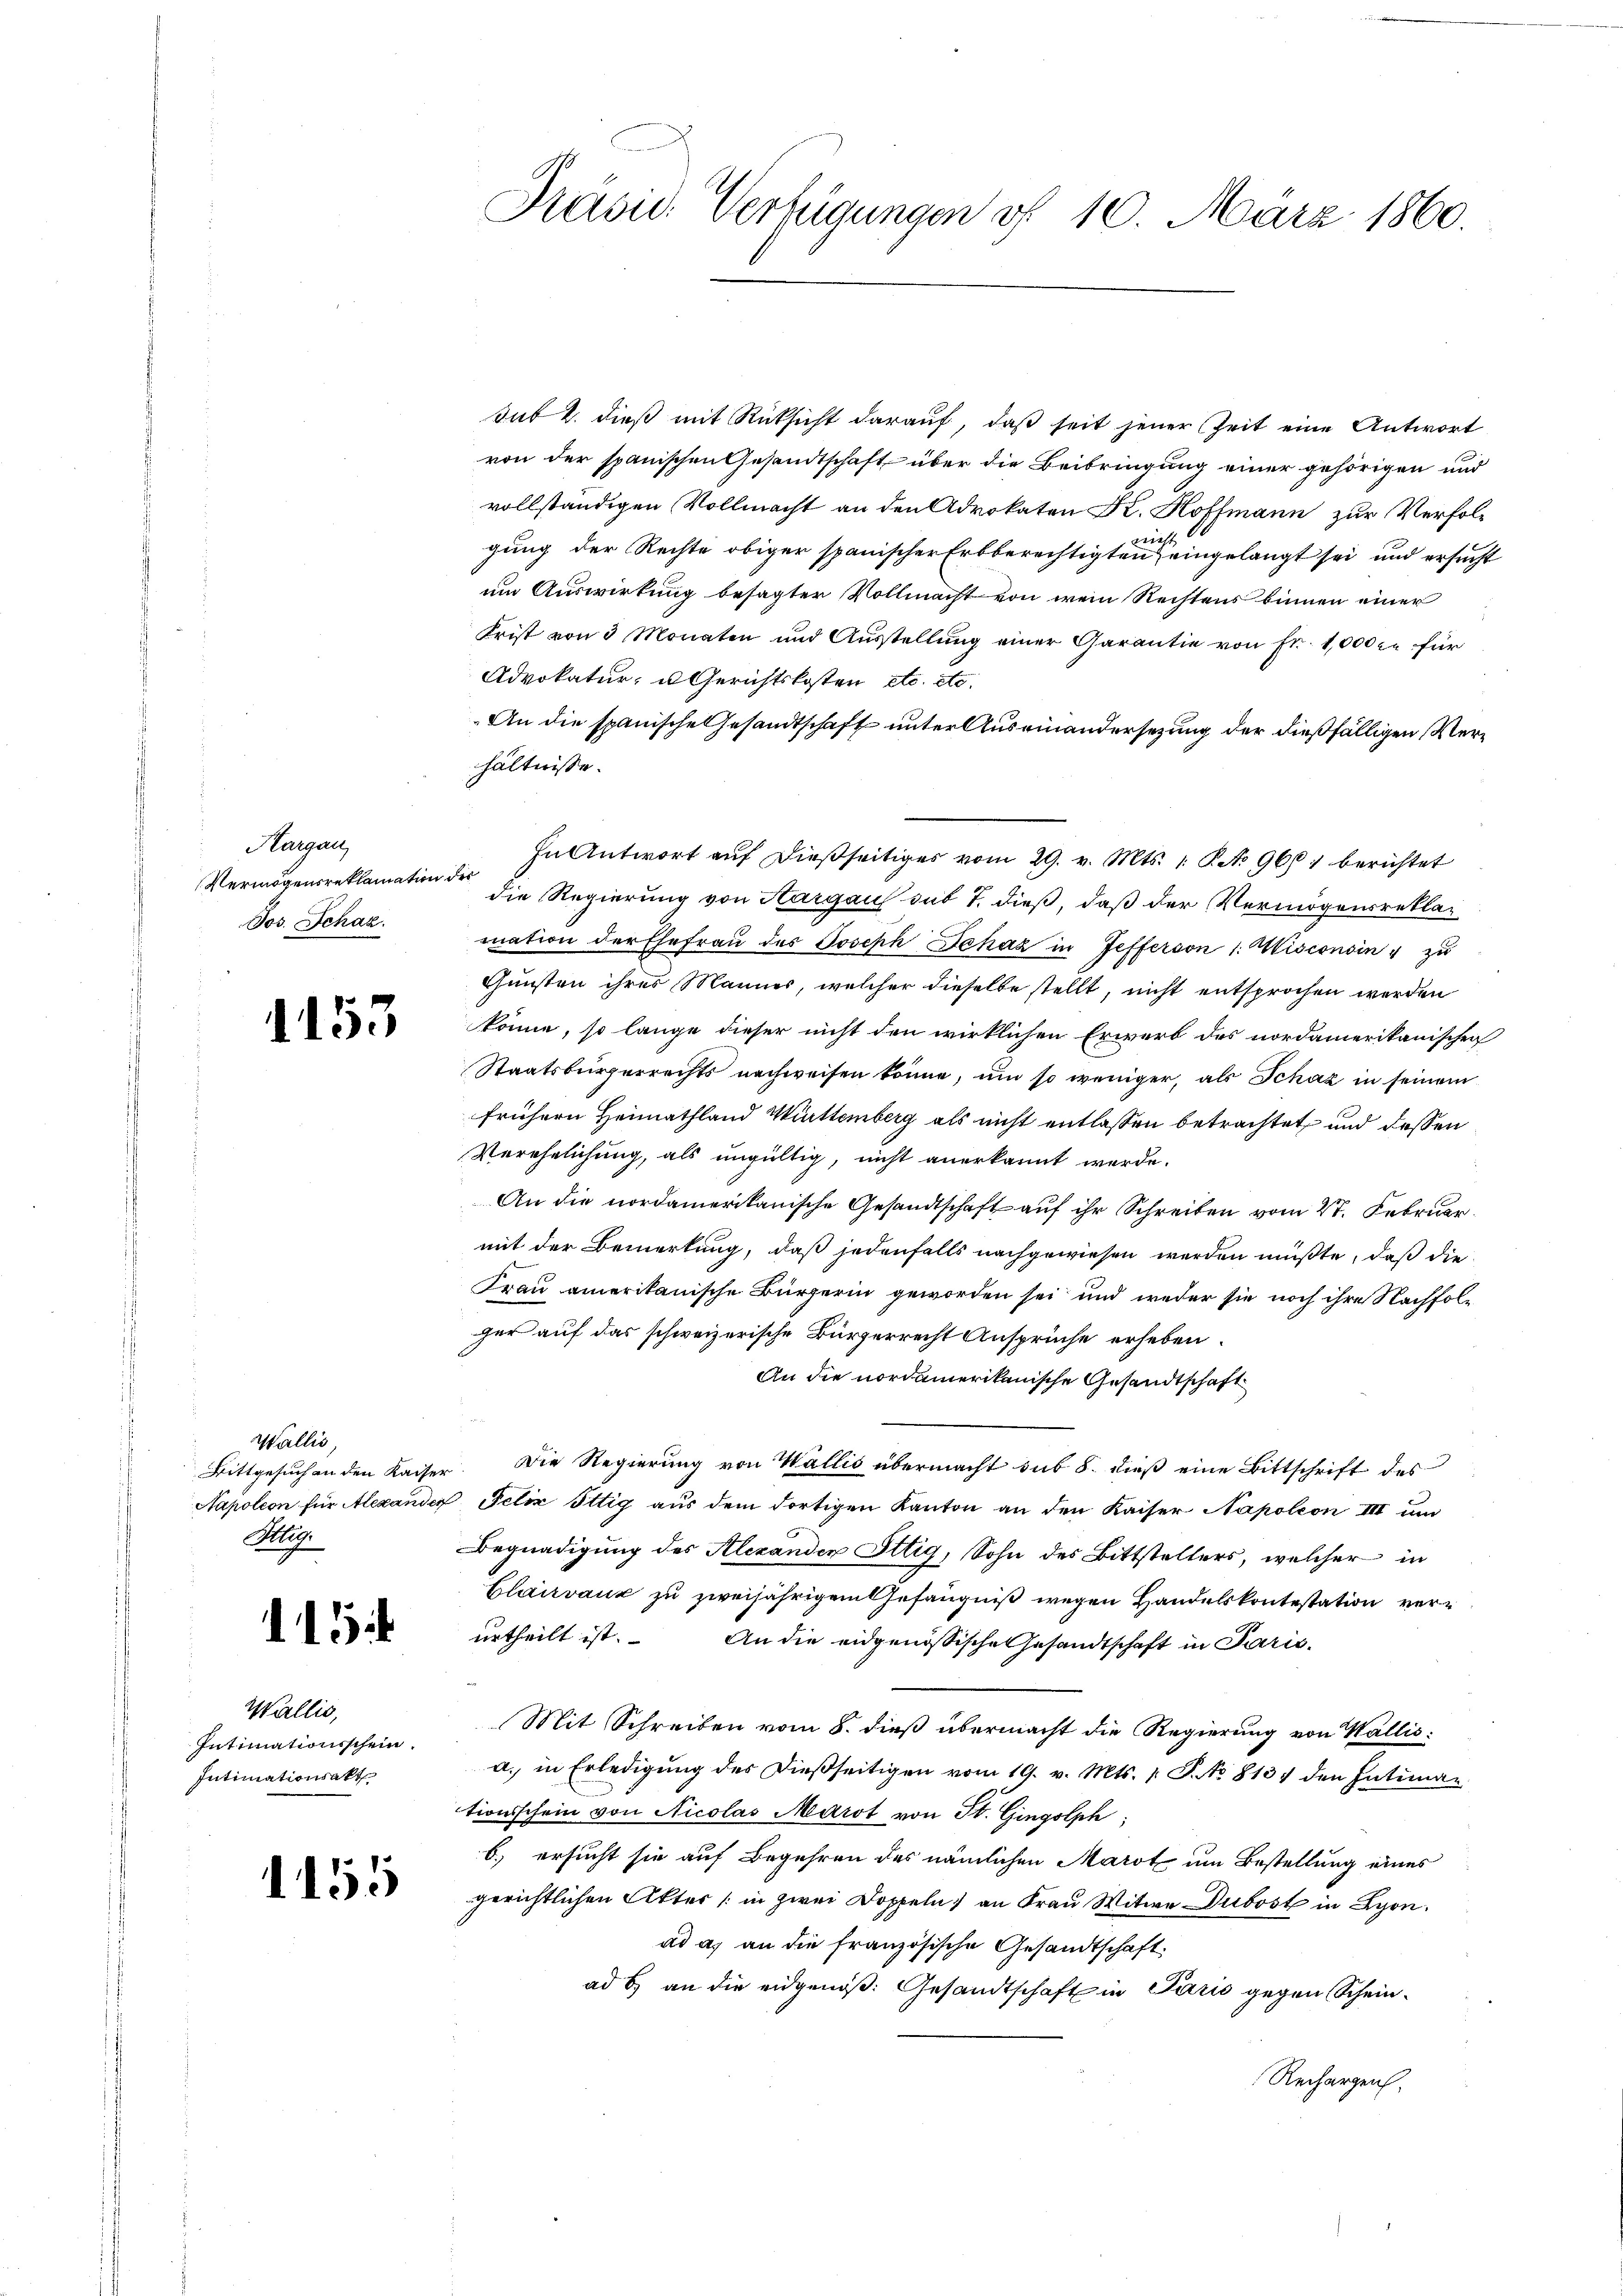
Hargau,
Vermögensreklamation der
Jos. Schaz.

1153

Wallis,
Kle

115

Wallis,
Intimationsschein.
Intimationsakt

1155

Präsid. Verfügungen vf 10. März 1860.

sub 2. dieß mit Rücksicht darauf, daß seit jener Zeit eine Antwort
von der spanischen Gesandtschaft über die Beibringung einer gehörigen und
vollständigen Vollmacht an den Advokaten Dr. Hoffmann zur Verfolt
gung der Rechte obiger spanischer Erbberechtigten eingelangt sei und ersucht
um Auswirkung besagter Vollmacht von wem Rechtens binnen einer
Krist von 3 Monaten und Ausstellŭng einer Garantie von Fr. 1000 c. für
Advokatur- u Gerichtskosten etc. etc.
An die spanische Gesandtschaft unter Auseinandersezung der dießfälligen Verhältnisse.
In Antwort aŭf dießseitiges vom 29. v. Mts. 1. P. No 966) berichtet
die Regierung von Aargau sub 7. dieß, daß der Vermögensreklamation der Ehefrau des Joseph Schaz in Jefferson 1. Misconsin " zu
Gunsten ihres Mannes, welcher dieselbe stellt, nicht entsprochen werden
könne, so lange dieser nicht den wirklichen Erwerb des nordamerikanischen
Staatsbürgerrechts nachweisen könne, um so weniger, als Schaz in seinem
frühern Heimathland Württemberg als nicht entlassen betrachtet, und dessen
Verehelichung, als ungültig, nicht anerkannt werde.
An die nordamerikanische Gesandtschaft auf ihr Schreiben vom 27. Februar.
mit der Bemerkung, daß jedenfalls nachgewiesen werden müßte, daß die
Frau amerikanische Bürgerin geworden sei und weder sie noch ihre Nachfolger auf das schweizerische Bürgerrecht Ansprüche erheben.
An die nordamerikanische Gesandtschaft
Bittgesuch an den Kaiser. Die Regierung von Wallis übermacht sub 8. dieß eine Bittschrift des
Napoleon für Alexander Felix Ittig aŭs dem dortigen Kanton an den Kaiser Napoleon III um
Begnadigung des Alexanden Ottig, Sohn des Bittstellers, welcher in
Clairvanz zu zweijährigem Gefängniß wegen Handelskontestation verurtheilt ist. An die eidgenössische Gesandtschaft in Paris
Mit Schreiben vom 8. dieß übermacht die Regierung von Wallis:
a. in Erledigung des dießseitigen vom 19. v. Mts. /: P. No 8137 den Intimationsschein von Nicolas Marot von St. Gingolph,
b.) ersucht sie auf Begehren des nämlichen Marot um Bestellung eines
gerichtlichen Akter / in zwei Doppeln) an Frau Witwe Dubost in Lyon.
ad a. an die französische Gesandtschaft.
ad b) an die eidgenoß: Gesandtschaft in Paris gegen Schein¬
Rechargen.